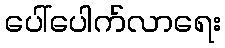
ပေါ်ပေါက်လာရေး